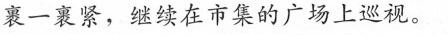
裹一裹紧，继续在市集的广场上巡视。